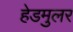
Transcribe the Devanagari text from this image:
हेडमुलर